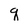
Character: q